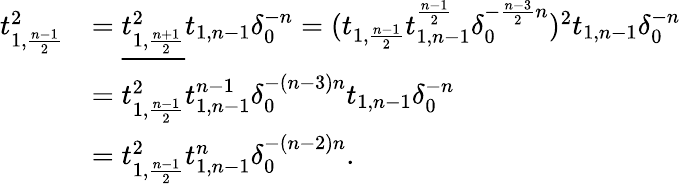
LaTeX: \begin{array}{rl}{t_{1,\frac{n-1}{2}}^{2}}&{=\underline{{t_{1,\frac{n+1}{2}}^{2}}}t_{1,n-1}\delta_{0}^{-n}=(t_{1,\frac{n-1}{2}}t_{1,n-1}^{\frac{n-1}{2}}\delta_{0}^{-\frac{n-3}{2}n})^{2}t_{1,n-1}\delta_{0}^{-n}}\\ &{=t_{1,\frac{n-1}{2}}^{2}t_{1,n-1}^{n-1}\delta_{0}^{-(n-3)n}t_{1,n-1}\delta_{0}^{-n}}\\ &{=t_{1,\frac{n-1}{2}}^{2}t_{1,n-1}^{n}\delta_{0}^{-(n-2)n}.}\end{array}